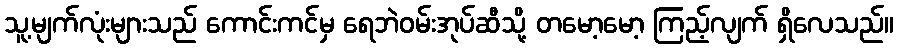
သူ့မျက်လုံးများသည် ကောင်းကင်မှ ရေဘဲဝမ်းအုပ်ဆီသို့ တမော့မော့ ကြည့်လျက် ရှိလေသည်။